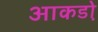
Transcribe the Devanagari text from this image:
आकडो़